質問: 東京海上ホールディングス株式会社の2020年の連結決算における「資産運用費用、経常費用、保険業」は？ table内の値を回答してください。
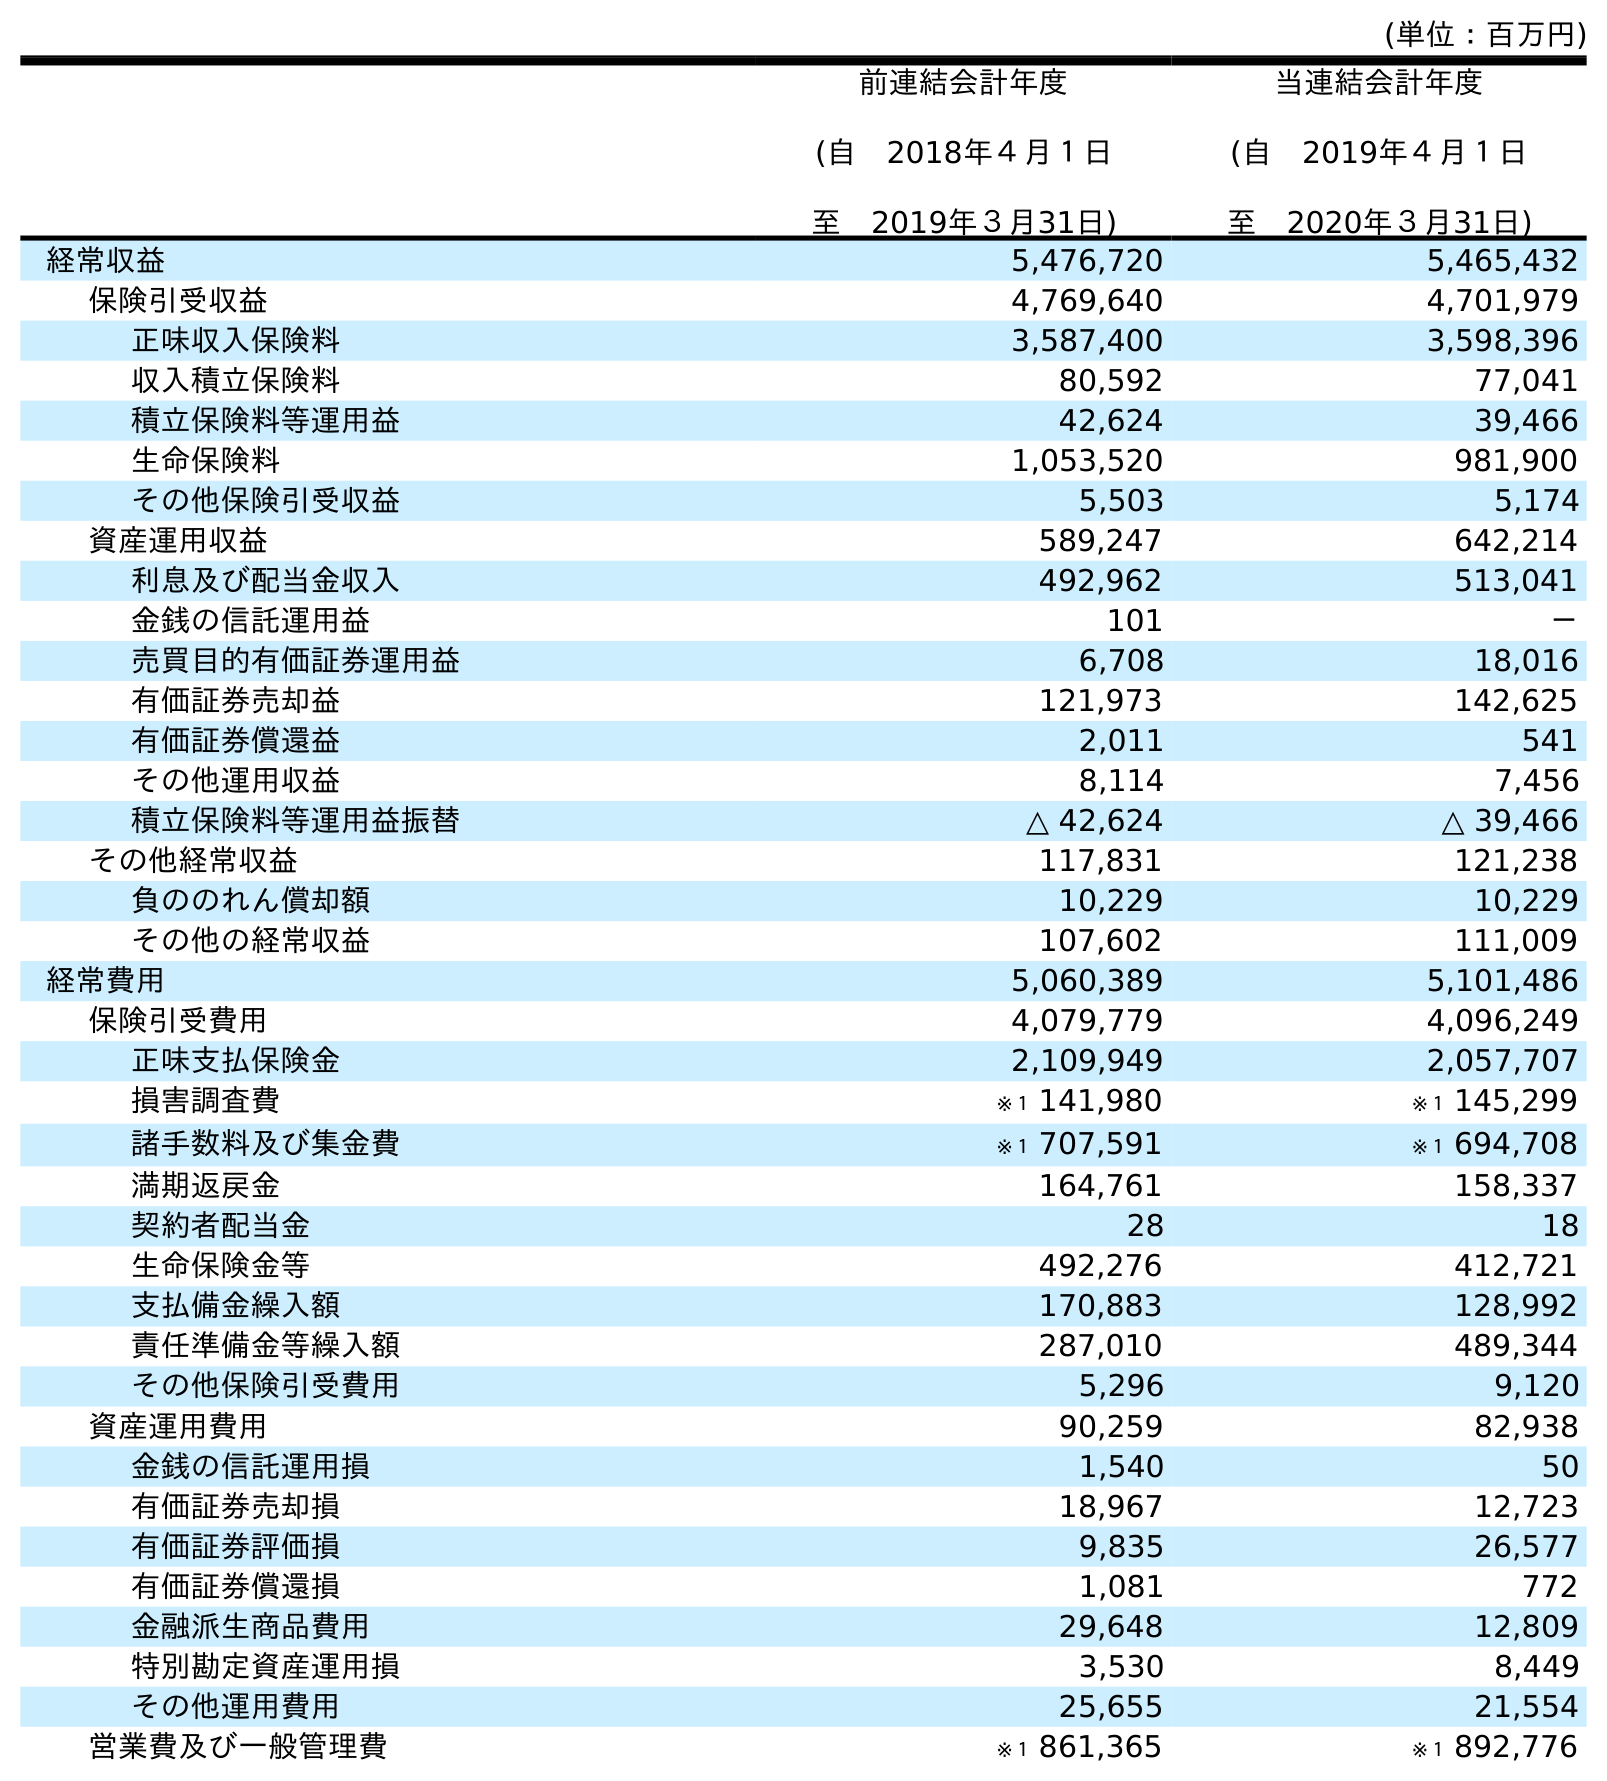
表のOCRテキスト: (単位：百万円) 前連結会計年度 (自 2018年４月１日 至 2019年３月31日) 当連結会計年度 (自 2019年４月１日 至 2020年３月31日) 経常収益 5,476,720 5,465,432 保険引受収益 4,769,640 4,701,979 正味収入保険料 3,587,400 3,598,396 収入積立保険料 80,592 77,041 積立保険料等運用益 42,624 39,466 生命保険料 1,053,520 981,900 その他保険引受収益 5,503 5,174 資産運用収益 589,247 642,214 利息及び配当金収入 492,962 513,041 金銭の信託運用益 101 － 売買目的有価証券運用益 6,708 18,016 有価証券売却益 121,973 142,625 有価証券償還益 2,011 541 その他運用収益 8,114 7,456 積立保険料等運用益振替 △ 42,624 △ 39,466 その他経常収益 117,831 121,238 負ののれん償却額 10,229 10,229 その他の経常収益 107,602 111,009 経常費用 5,060,389 5,101,486 保険引受費用 4,079,779 4,096,249 正味支払保険金 2,109,949 2,057,707 損害調査費 ※１ 141,980 ※１ 145,299 諸手数料及び集金費 ※１ 707,591 ※１ 694,708 満期返戻金 164,761 158,337 契約者配当金 28 18 生命保険金等 492,276 412,721 支払備金繰入額 170,883 128,992 責任準備金等繰入額 287,010 489,344 その他保険引受費用 5,296 9,120 資産運用費用 90,259 82,938 金銭の信託運用損 1,540 50 有価証券売却損 18,967 12,723 有価証券評価損 9,835 26,577 有価証券償還損 1,081 772 金融派生商品費用 29,648 12,809 特別勘定資産運用損 3,530 8,449 その他運用費用 25,655 21,554 営業費及び一般管理費 ※１ 861,365 ※１ 892,776
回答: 82,938